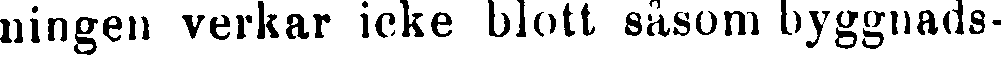
ningen verkar icke blott såsom byggnads-